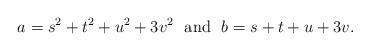
LaTeX: \begin{align*}a=s^2+t^2+u^2+3v^2\ \ \mbox{and}\ \ b=s+t+u+3v.\end{align*}